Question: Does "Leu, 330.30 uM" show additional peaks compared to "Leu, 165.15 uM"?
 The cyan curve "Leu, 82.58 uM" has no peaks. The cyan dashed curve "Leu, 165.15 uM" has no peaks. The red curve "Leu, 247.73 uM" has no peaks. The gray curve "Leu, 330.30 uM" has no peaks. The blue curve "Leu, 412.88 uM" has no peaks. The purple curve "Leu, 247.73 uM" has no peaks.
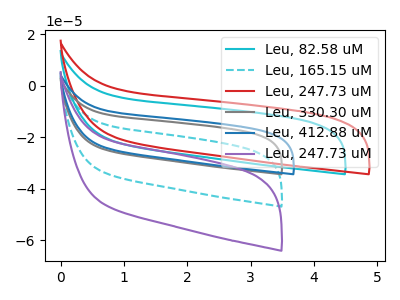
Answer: <think>Neither "Leu, 330.30 uM" or "Leu, 165.15 uM" have any peaks.
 </think>
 <answer>No, "Leu, 330.30 uM" and "Leu, 165.15 uM" don't appear to be significantly different in shape</answer>
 <eval>no_change</eval>